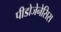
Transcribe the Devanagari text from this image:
पीडोजेनेसिस